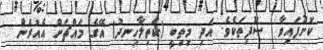
ކޮށްފައިވާ  ސޫފިތަކެވެ. އަދި މިތިބީ (ކަތިލާހިނދު) އޭގެ މައްޗަށް އެއުރެން